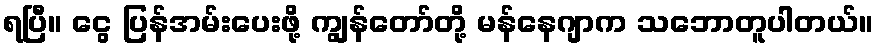
ရပြီ။ ငွေ ပြန်အမ်းပေးဖို့ ကျွန်တော်တို့ မန်နေဂျာက သဘောတူပါတယ်။